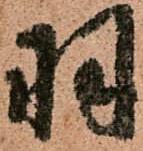
羽